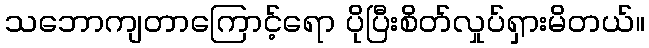
သဘောကျတာကြောင့်ရော ပိုပြီးစိတ်လှုပ်ရှားမိတယ်။